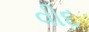
વીદ